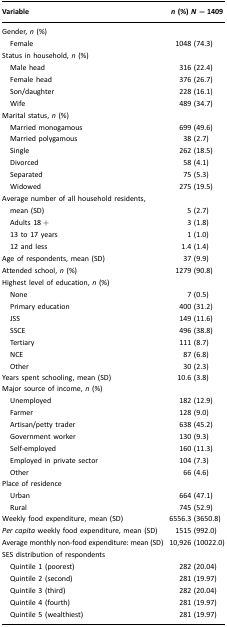
<table><thead><tr><td><b>Variable</b></td><td><b><i>n</i> (%) <i>N</i> = 1409</b></td></tr></thead><tbody><tr><td>Gender, <i>n</i> (%)</td><td></td></tr><tr><td> Female</td><td>1048 (74.3)</td></tr><tr><td>Status in household, <i>n</i> (%)</td><td></td></tr><tr><td> Male head</td><td>316 (22.4)</td></tr><tr><td> Female head</td><td>376 (26.7)</td></tr><tr><td> Son/daughter</td><td>228 (16.1)</td></tr><tr><td> Wife</td><td>489 (34.7)</td></tr><tr><td>Marital status, <i>n</i> (%)</td><td></td></tr><tr><td> Married monogamous</td><td>699 (49.6)</td></tr><tr><td> Married polygamous</td><td>38 (2.7)</td></tr><tr><td> Single</td><td>262 (18.5)</td></tr><tr><td> Divorced</td><td>58 (4.1)</td></tr><tr><td> Separated</td><td>75 (5.3)</td></tr><tr><td> Widowed</td><td>275 (19.5)</td></tr><tr><td>Average number of all household residents, mean (SD)</td><td>5 (2.7)</td></tr><tr><td> Adults 18 +</td><td>3 (1.8)</td></tr><tr><td> 13 to 17 years</td><td>1 (1.0)</td></tr><tr><td> 12 and less</td><td>1.4 (1.4)</td></tr><tr><td>Age of respondents, mean (SD)</td><td>37 (9.9)</td></tr><tr><td>Attended school, <i>n</i> (%)</td><td>1279 (90.8)</td></tr><tr><td>Highest level of education, <i>n</i> (%)</td><td></td></tr><tr><td> None</td><td>7 (0.5)</td></tr><tr><td> Primary education</td><td>400 (31.2)</td></tr><tr><td> JSS</td><td>149 (11.6)</td></tr><tr><td> SSCE</td><td>496 (38.8)</td></tr><tr><td> Tertiary</td><td>111 (8.7)</td></tr><tr><td> NCE</td><td>87 (6.8)</td></tr><tr><td> Other</td><td>30 (2.3)</td></tr><tr><td>Years spent schooling, mean (SD)</td><td>10.6 (3.8)</td></tr><tr><td>Major source of income, <i>n</i> (%)</td><td></td></tr><tr><td> Unemployed</td><td>182 (12.9)</td></tr><tr><td> Farmer</td><td>128 (9.0)</td></tr><tr><td> Artisan/petty trader</td><td>638 (45.2)</td></tr><tr><td> Government worker</td><td>130 (9.3)</td></tr><tr><td> Self-employed</td><td>160 (11.3)</td></tr><tr><td> Employed in private sector</td><td>104 (7.3)</td></tr><tr><td> Other</td><td>66 (4.6)</td></tr><tr><td>Place of residence</td><td></td></tr><tr><td> Urban</td><td>664 (47.1)</td></tr><tr><td> Rural</td><td>745 (52.9)</td></tr><tr><td>Weekly food expenditure, mean (SD)</td><td>6556.3 (3650.8)</td></tr><tr><td><i>Per capita</i> weekly food expenditure, mean (SD)</td><td>1515 (992.0)</td></tr><tr><td>Average monthly non-food expenditure: mean (SD)</td><td>10,926 (10022.0)</td></tr><tr><td>SES distribution of respondents</td><td></td></tr><tr><td> Quintile 1 (poorest)</td><td>282 (20.04)</td></tr><tr><td> Quintile 2 (second)</td><td>281 (19.97)</td></tr><tr><td> Quintile 3 (third)</td><td>282 (20.04)</td></tr><tr><td> Quintile 4 (fourth)</td><td>281 (19.97)</td></tr><tr><td> Quintile 5 (wealthiest)</td><td>281 (19.97)</td></tr></tbody></table>